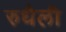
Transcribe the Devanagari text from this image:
रुधैली